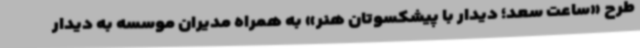
طرح «ساعت سعد؛ دیدار با پیشکسوتان هنر» به همراه مدیران موسسه به دیدار